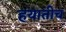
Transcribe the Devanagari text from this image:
हयातीच